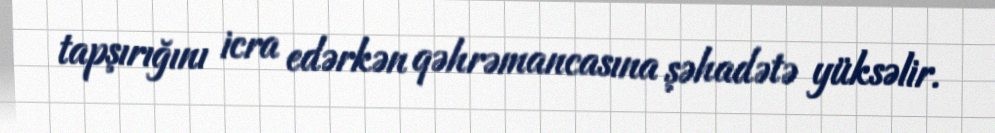
tapşırığını icra edərkən qəhrəmancasına şəhadətə yüksəlir.